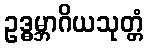
ဥဒ္ဓမ္ဘာဂိယသုတ္တံ